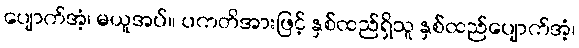
ပျောက်အံ့၊ မယူအပ်။ ပကတိအားဖြင့် နှစ်ထည်ရှိသူ နှစ်ထည်ပျောက်အံ့၊